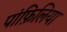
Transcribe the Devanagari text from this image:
पांफ़िलिया